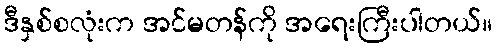
ဒီနှစ်စလုံးက အင်မတန်ကို အရေးကြီးပါတယ်။